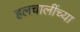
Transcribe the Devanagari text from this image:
हलचालींच्या